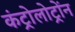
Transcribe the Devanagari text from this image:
कंट्रोलोट्रोंन